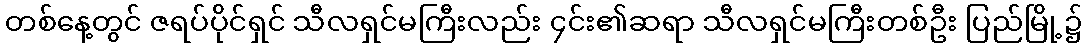
တစ်နေ့တွင် ဇရပ်ပိုင်ရှင် သီလရှင်မကြီးလည်း ၄င်း၏ဆရာ သီလရှင်မကြီးတစ်ဦး ပြည်မြို့၌